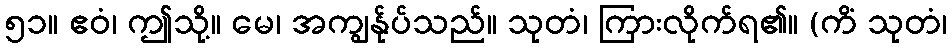
၅၁။ ဧဝံ၊ ဤသို့။ မေ၊ အကျွန်ုပ်သည်။ သုတံ၊ ကြားလိုက်ရ၏။ (ကိံ သုတံ၊